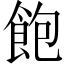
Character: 飽